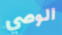
الوصي